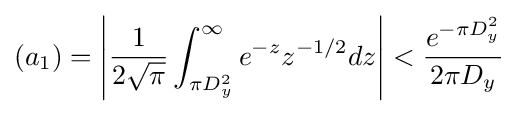
(a_{1})=\left|{\frac {1}{2{\sqrt {\pi }}}}\int _{\pi D_{y}^{2}}^{\infty }e^{-z}z^{-1/2}dz\right|<{\frac {e^{-\pi D_{y}^{2}}}{2\pi D_{y}}}